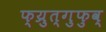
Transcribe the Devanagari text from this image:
फ्य्रुत्गुफुव्